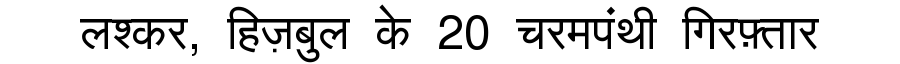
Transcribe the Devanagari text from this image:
लश्कर, हिज़बुल के 20 चरमपंथी गिरफ़्तार